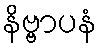
နိဗ္ဗာပနံ